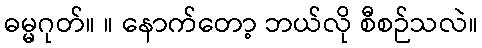
ဓမ္မဂုတ်။ ။ နောက်တော့ ဘယ်လို စီစဉ်သလဲ။